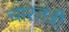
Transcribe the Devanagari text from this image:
चारतंत्री